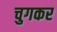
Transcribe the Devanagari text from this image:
चुगकर